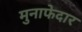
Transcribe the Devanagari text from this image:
मुनाफेदार